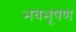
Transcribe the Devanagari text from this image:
भवभूषण